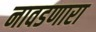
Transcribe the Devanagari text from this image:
नावडणारा